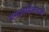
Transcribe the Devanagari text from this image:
एम्आईआरसी